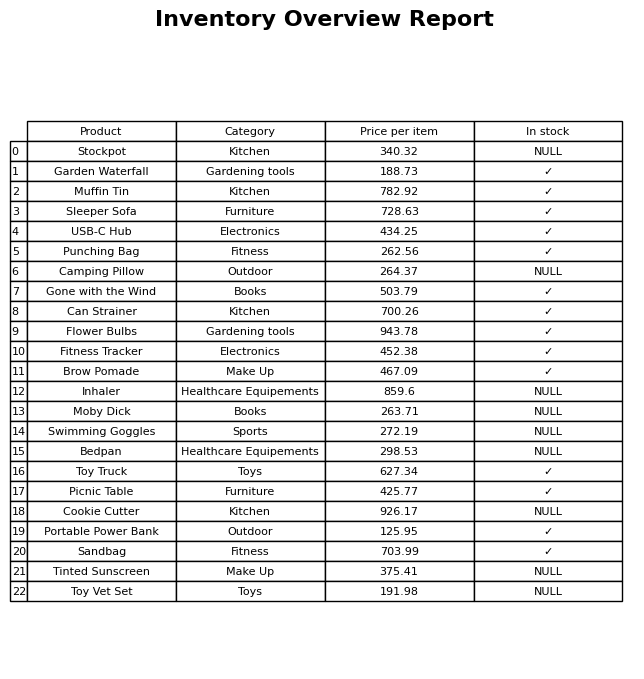
question: What is the price for Moby Dick?
answer: The price of Moby Dick is 263.71.